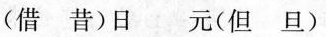
(借 昔)日 元(但 旦)